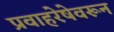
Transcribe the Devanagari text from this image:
प्रवाहरेषेवरून